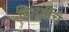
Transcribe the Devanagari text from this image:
विभूतींचे